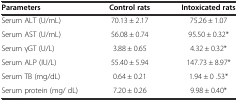
| Parameters | Control rats | Intoxicated rats |
 | --- | --- | --- |
 | Serum ALT (U/mL) | 70.13 ± 2.17 | 75.26 ± 1.07 |
 | Serum AST (U/mL) | 56.08 ± 0.74 | 95.50 ± 0.32* |
 | Serum γGT (U/L) | 3.88 ± 0.65 | 4.32 ± 0.32* |
 | Serum ALP (IU/L) | 55.40 ± 5.94 | 147.73 ± 8.97* |
 | Serum TB (mg/dL) | 0.64 ± 0.21 | 1.94 ± 0 .53* |
 | Serum protein (mg/ dL) | 7.20 ± 0.26 | 9.98 ± 0.40* |